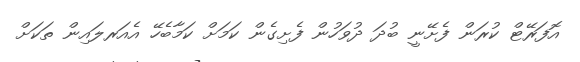
އޮފަރޭޓް ކުރަން ފެށޭނީ ބުދަ ދުވަހުން ފެށިގެން ކަމަށް ކަމާބެހޭ އެއަރލައިން ތަކަށް